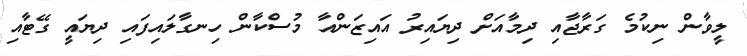
ލީވާން ނިކުމެ ގަރާޖާއި ދިމާއަށް ދިޔައިރު އައިޒަންއާ މުސްކާން ހިނގާލައިފައި ދިޔައީ ގޭޓާއި